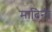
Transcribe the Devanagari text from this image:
मादिनी